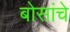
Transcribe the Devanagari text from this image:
बोसांचे